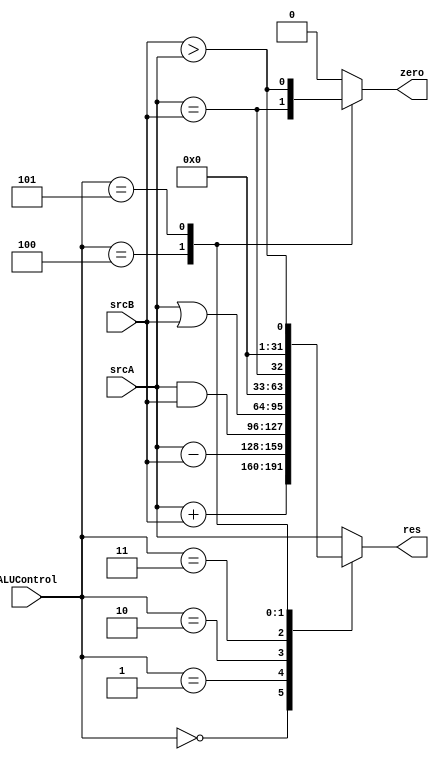
module ALU(
    input [31:0] srcA,
    input [31:0] srcB,
    input [2:0] ALUControl,
    output [31:0] res,
    output wire zero
);

reg [31:0] aux = 0;
reg aux_zero = 0;

always @(*)
begin
    case (ALUControl)
        3'b000:
            begin
                aux = srcA+srcB;
                aux_zero <= 0;
            end
        3'b001:
            begin
                aux = srcA-srcB;
                aux_zero <= 0;
            end
        3'b010:
            begin
                aux = srcA & srcB;
                aux_zero <= 0;
            end
        3'b011:
            begin
                aux = srcA | srcB;
                aux_zero <= 0;
            end
        3'b100:
            begin
                aux = (srcA == srcB);
                aux_zero <= srcA == srcB;
            end
        3'b101:
            begin
                aux = srcB > srcA;
                aux_zero <=  srcB > srcA;
            end
        default:
            begin
                aux = srcA;
                aux_zero <= 0;
            end
    endcase
end

assign zero = aux_zero;
assign res = aux;

endmodule